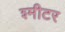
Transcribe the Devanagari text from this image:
श्मीटर